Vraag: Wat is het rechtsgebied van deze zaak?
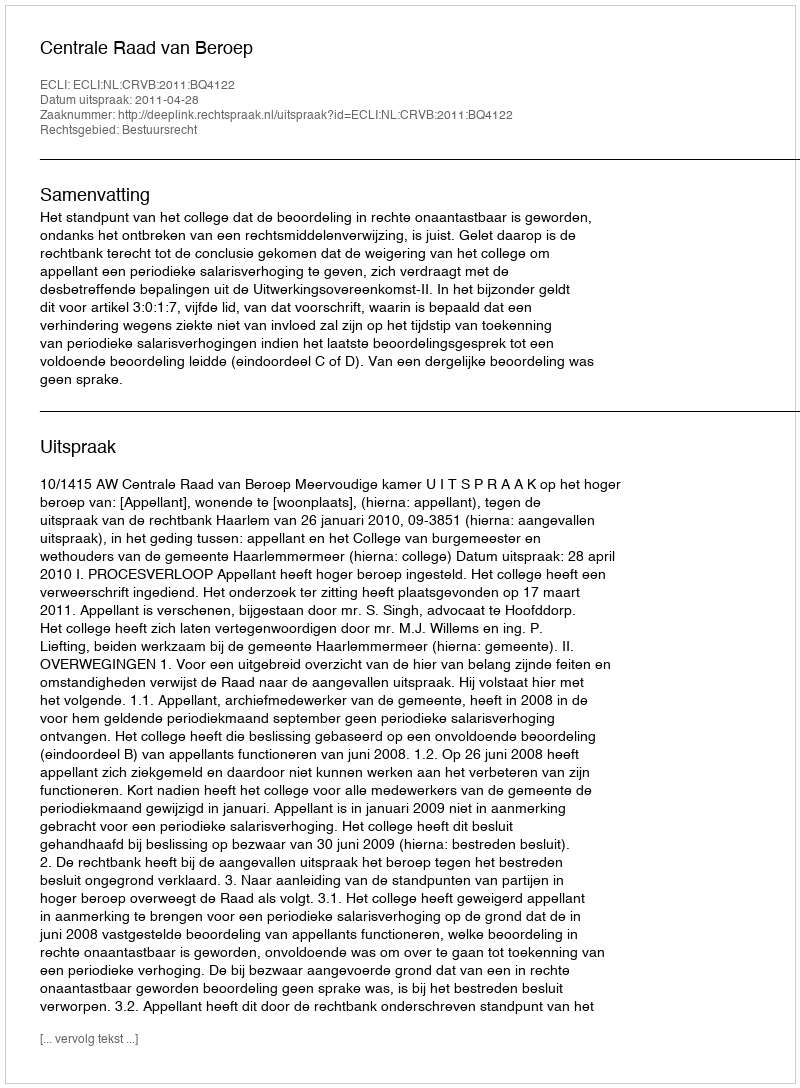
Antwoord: Bestuursrecht